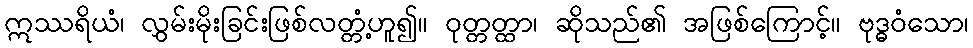
ဣဿရိယံ၊ လွှမ်းမိုးခြင်းဖြစ်လတ္တံ့ဟူ၍။ ဝုတ္တတ္ထာ၊ ဆိုသည်၏ အဖြစ်ကြောင့်။ ဗုဒ္ဓဝံသော၊